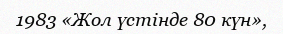
1983 «Жол үстінде 80 күн»,